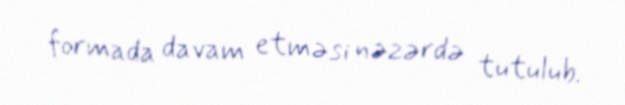
formada davam etməsi nəzərdə tutulub.